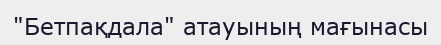
"Бетпақдала" атауының мағынасы